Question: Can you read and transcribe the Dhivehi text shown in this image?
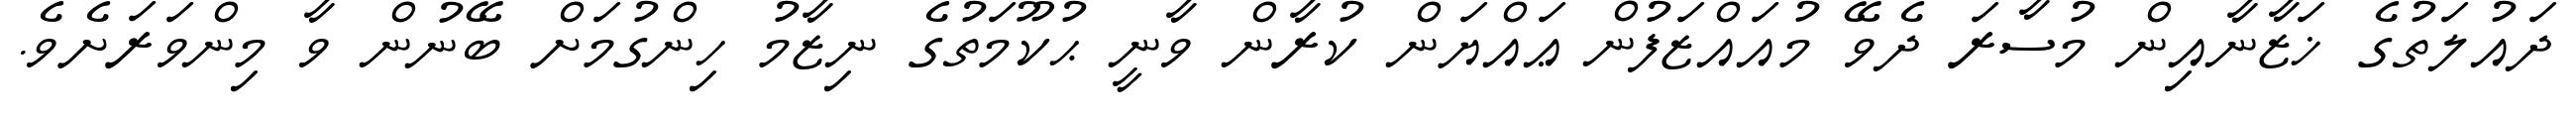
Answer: ދައުލަތުގެ ޚަޒާނާއިން މުސާރަ ދެވޭ މުއައްޒަފުން ޢައްޔަން ކުރާން ވާނީ ޙުކޫމަތުގެ ނިޒާމު ހިންގުމަށް ބޭނުން ވާ މިންވަރަށެވެ.